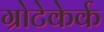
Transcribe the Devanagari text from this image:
ग्रोटेकेर्क